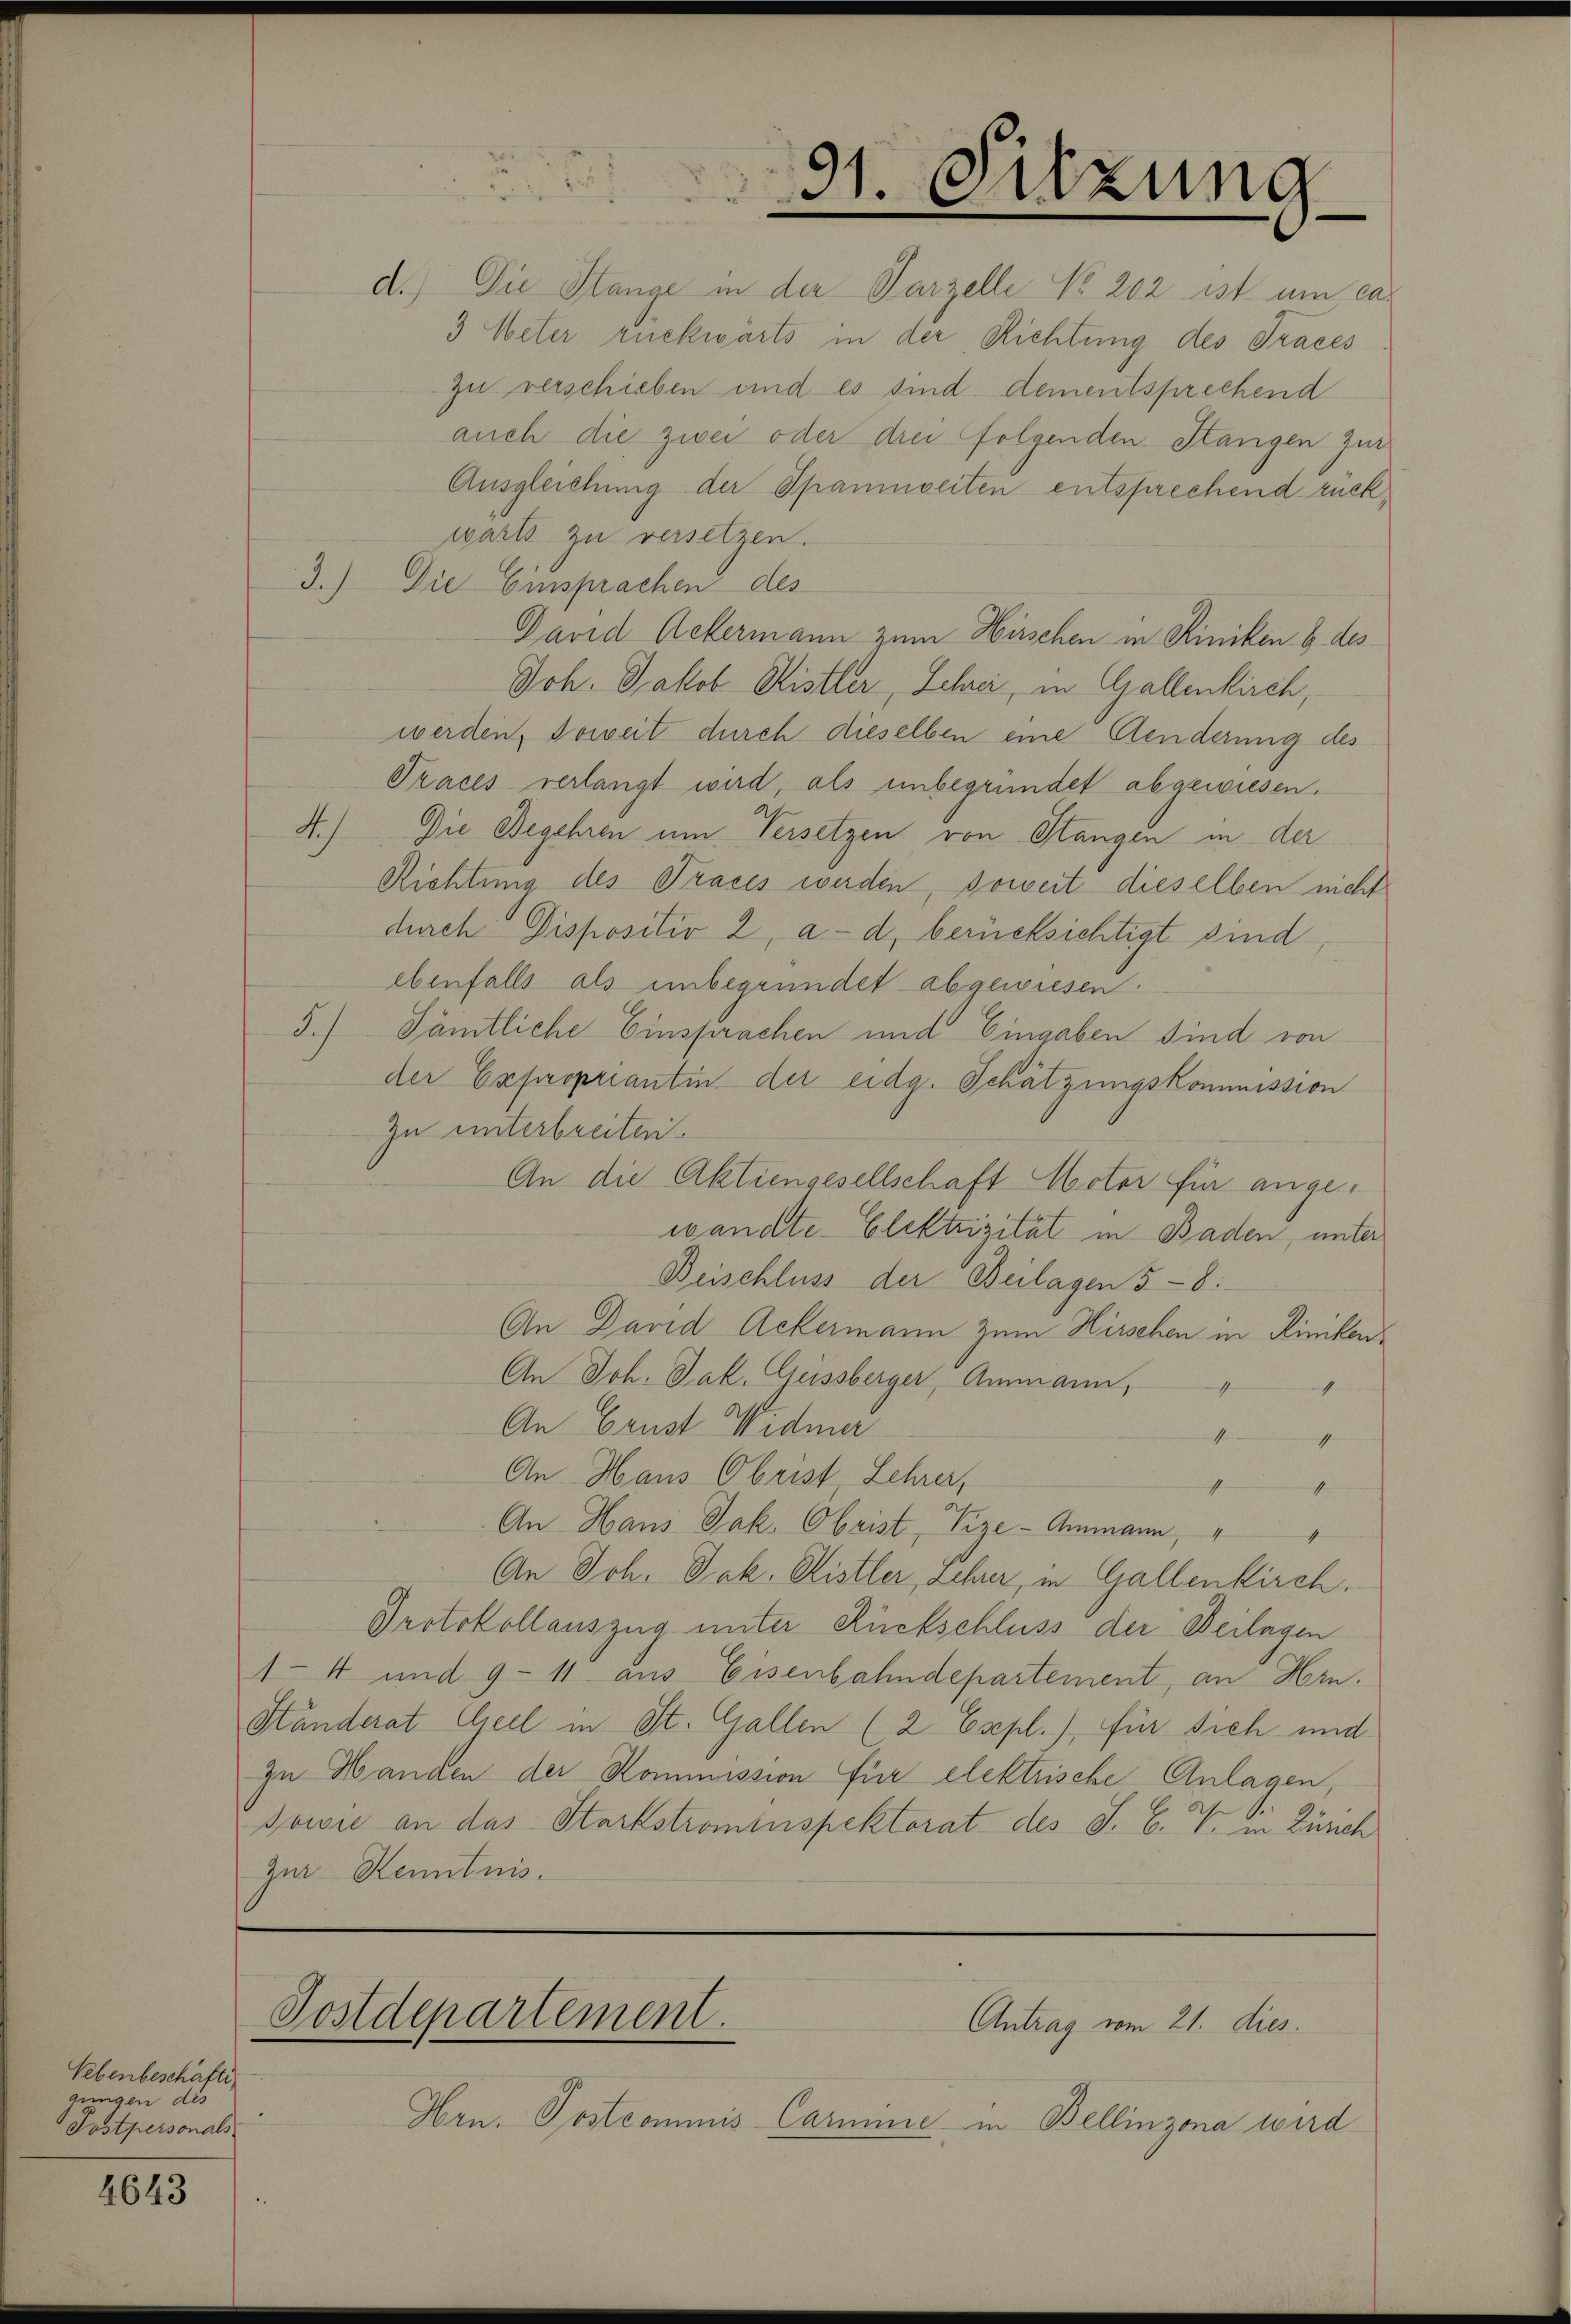
Vebenbeschäfti
gungen dis
Postpersonals

4643

d.) Die Stange in der Parzelle No 202 ist um cas
5 Meter rückwärts in der Richtung des Traces
zu verschieben und es sind dementsprechend
auch die zwei oder drei folgenden Stangen zur
Ausgleichung der Spannweiten entsprechend rückwarts zu versetzen.
3.) Die Einsprachen des
David Ackermann zum Hirschen in Riniken & des
Joh. Jakob Ristler, Schrei, in Gallenkirch,
werden, soweit durch dieselben eine Aenderung des
Praces verlangt wird, als unbegründet abgewiesen.
4.) Die Begehren um Versetzen von Stangen in der
Richtung des Traces werden, soweit dieselben nicht
durch Dispositiv 2, a. d. berücksichtigt sind
ebenfalls als unbegründet abgewiesen.
5.) Sämtliche Einsprachen und Eingaben sind von
der Expropriantin der eidg. Schätzungskommission
Zu unterbreiten.
An die Aktiengesellschaft Motor für angewandte Elektrizität in Baden, unter
Beischluss der Beilagen 5 - 8:
An David Ackermann zum Hirschen in Riniken
An Joh. Jak. Geissberger Ammann,
4
4
An Grust Widmar
1
4
An Haus Obrist, Lehrer,
t
4
An Haus Jak. Obrist, Vize-Ammann,
An Joh. Jak. Ristler, Lehrer, in Gallenkirch.
Protokollauszug unter Rückschluss der Beilagen
14 und 9-11 aus Eisenbahndepartement, an Hrn.
Ständerat Geel in St. Gallen (2 Espl.), für sich und
In Handen der Kommission für elektrische Anlagen,
Sowie an das Startstromenspektorat des J. C. V. in Zürch
Zur Kenntnis.

91. Sitzung

Postdepartement.
Antrag vom 21. dies

Hrn. Postcommis Carmine in Bellinzona wird